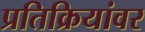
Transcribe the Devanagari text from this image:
प्रतिक्रियांवर